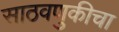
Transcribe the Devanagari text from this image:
साठवणुकीचा